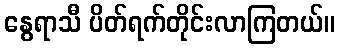
နွေရာသီ ပိတ်ရက်တိုင်းလာကြတယ်။